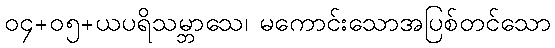
၀၄+၀၅+ယပရိသမ္ဘာသေ၊ မကောင်းသောအပြစ်တင်သော